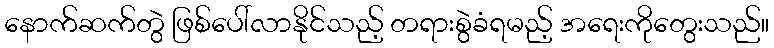
နောက်ဆက်တွဲ ဖြစ်ပေါ်လာနိုင်သည့် တရားစွဲခံရမည့် အရေးကိုတွေးသည်။